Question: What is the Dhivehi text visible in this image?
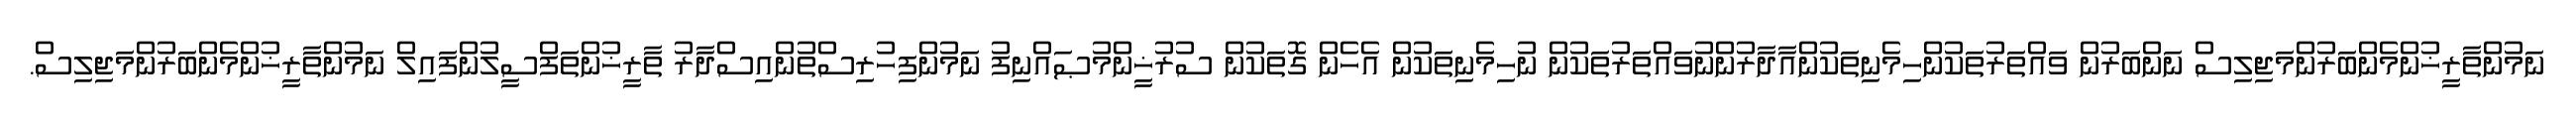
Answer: ނަމުންތާރީޚުންމެންބަރުންމަޖިލިސް ނަންބަރުން ވައްތަރުތަކުންހިމެނިތަކުންއާދާރުންނުވައްތަރުތަކުން ނުހިމެނިތަކުން އެހެން ގޮތަކުން ސުރުޚީންމުޞައްނިފު ނަމުންފިހުރިސްތުންއިސްދާރު ތާރީޚުންތަފްސީލުންފައިލް ނަމުންތާރީޚުންމެންބަރުންމަޖިލިސް.